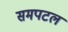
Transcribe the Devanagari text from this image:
समपटल